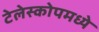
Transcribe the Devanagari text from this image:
टेलेस्कोपमध्ये